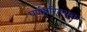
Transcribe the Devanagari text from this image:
पर्णहरितयुक्त